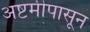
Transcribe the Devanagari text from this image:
अष्टमीपासून